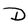
Character: D